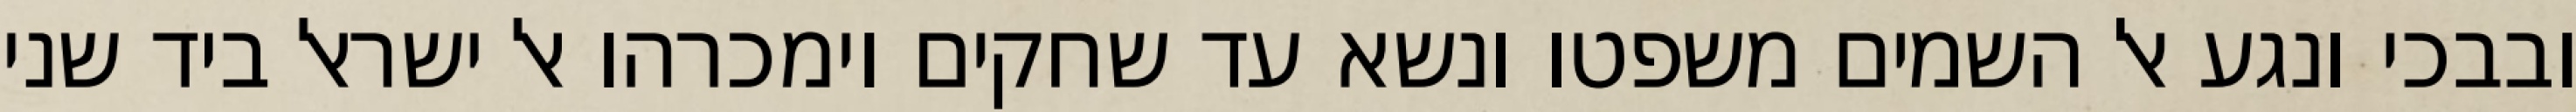
ובבכי ונגע אל השמים משפטו ונשא עד שחקים וימכרהו אל ישראל ביד שני